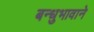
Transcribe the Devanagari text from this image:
बन्धुभावाने